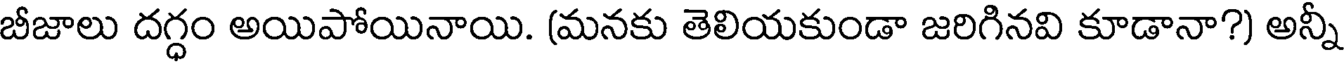
బీజాలు దగ్ధం అయిపోయినాయి. (మనకు తెలియకుండా జరిగినవి కూడానా?) అన్నీ